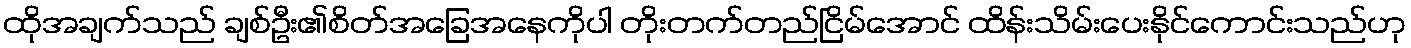
ထိုအချက်သည် ချစ်ဦး၏စိတ်အခြေအနေကိုပါ တိုးတက်တည်ငြိမ်အောင် ထိန်းသိမ်းပေးနိုင်ကောင်းသည်ဟု